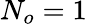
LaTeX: N_{o}=1